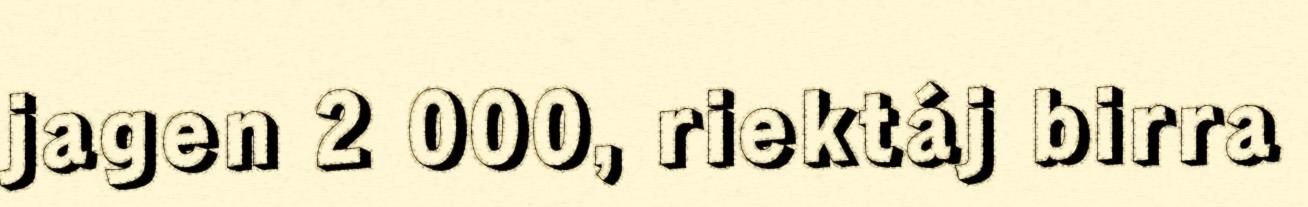
jagen 2 000, riektáj birra